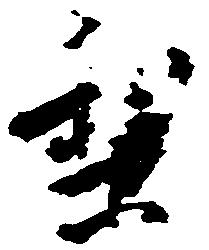
梨